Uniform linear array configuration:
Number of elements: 48
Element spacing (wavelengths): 0.75
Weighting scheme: blackman
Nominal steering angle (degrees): -15
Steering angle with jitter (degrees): -16.327
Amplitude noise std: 0.05
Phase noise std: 0.05

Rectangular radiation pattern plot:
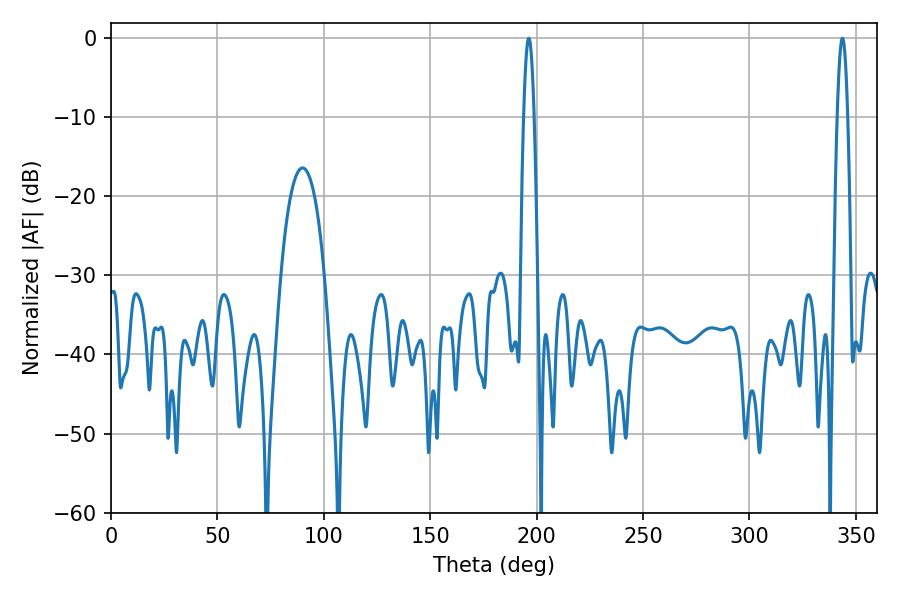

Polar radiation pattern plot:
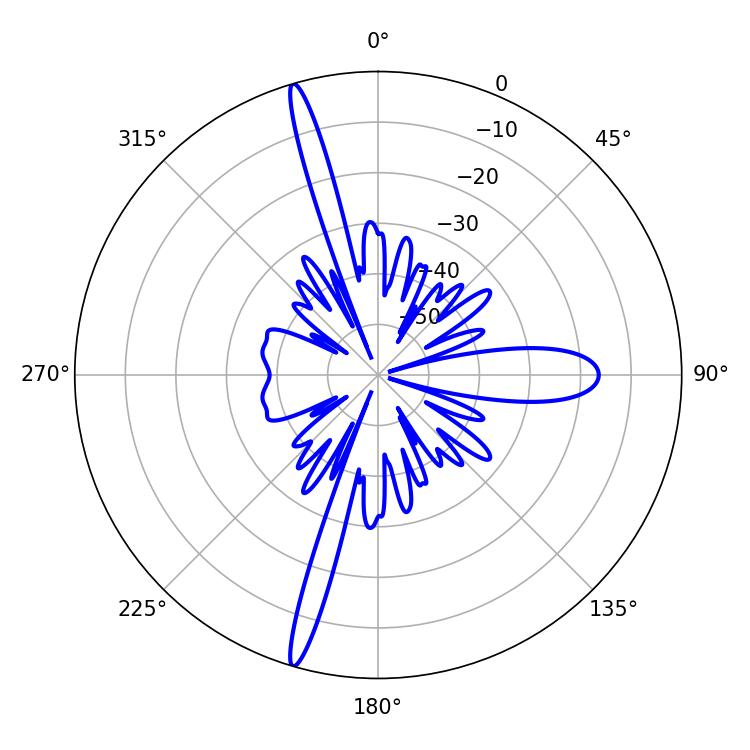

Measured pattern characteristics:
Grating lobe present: TRUE
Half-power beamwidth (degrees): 2.7
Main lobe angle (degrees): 196.38